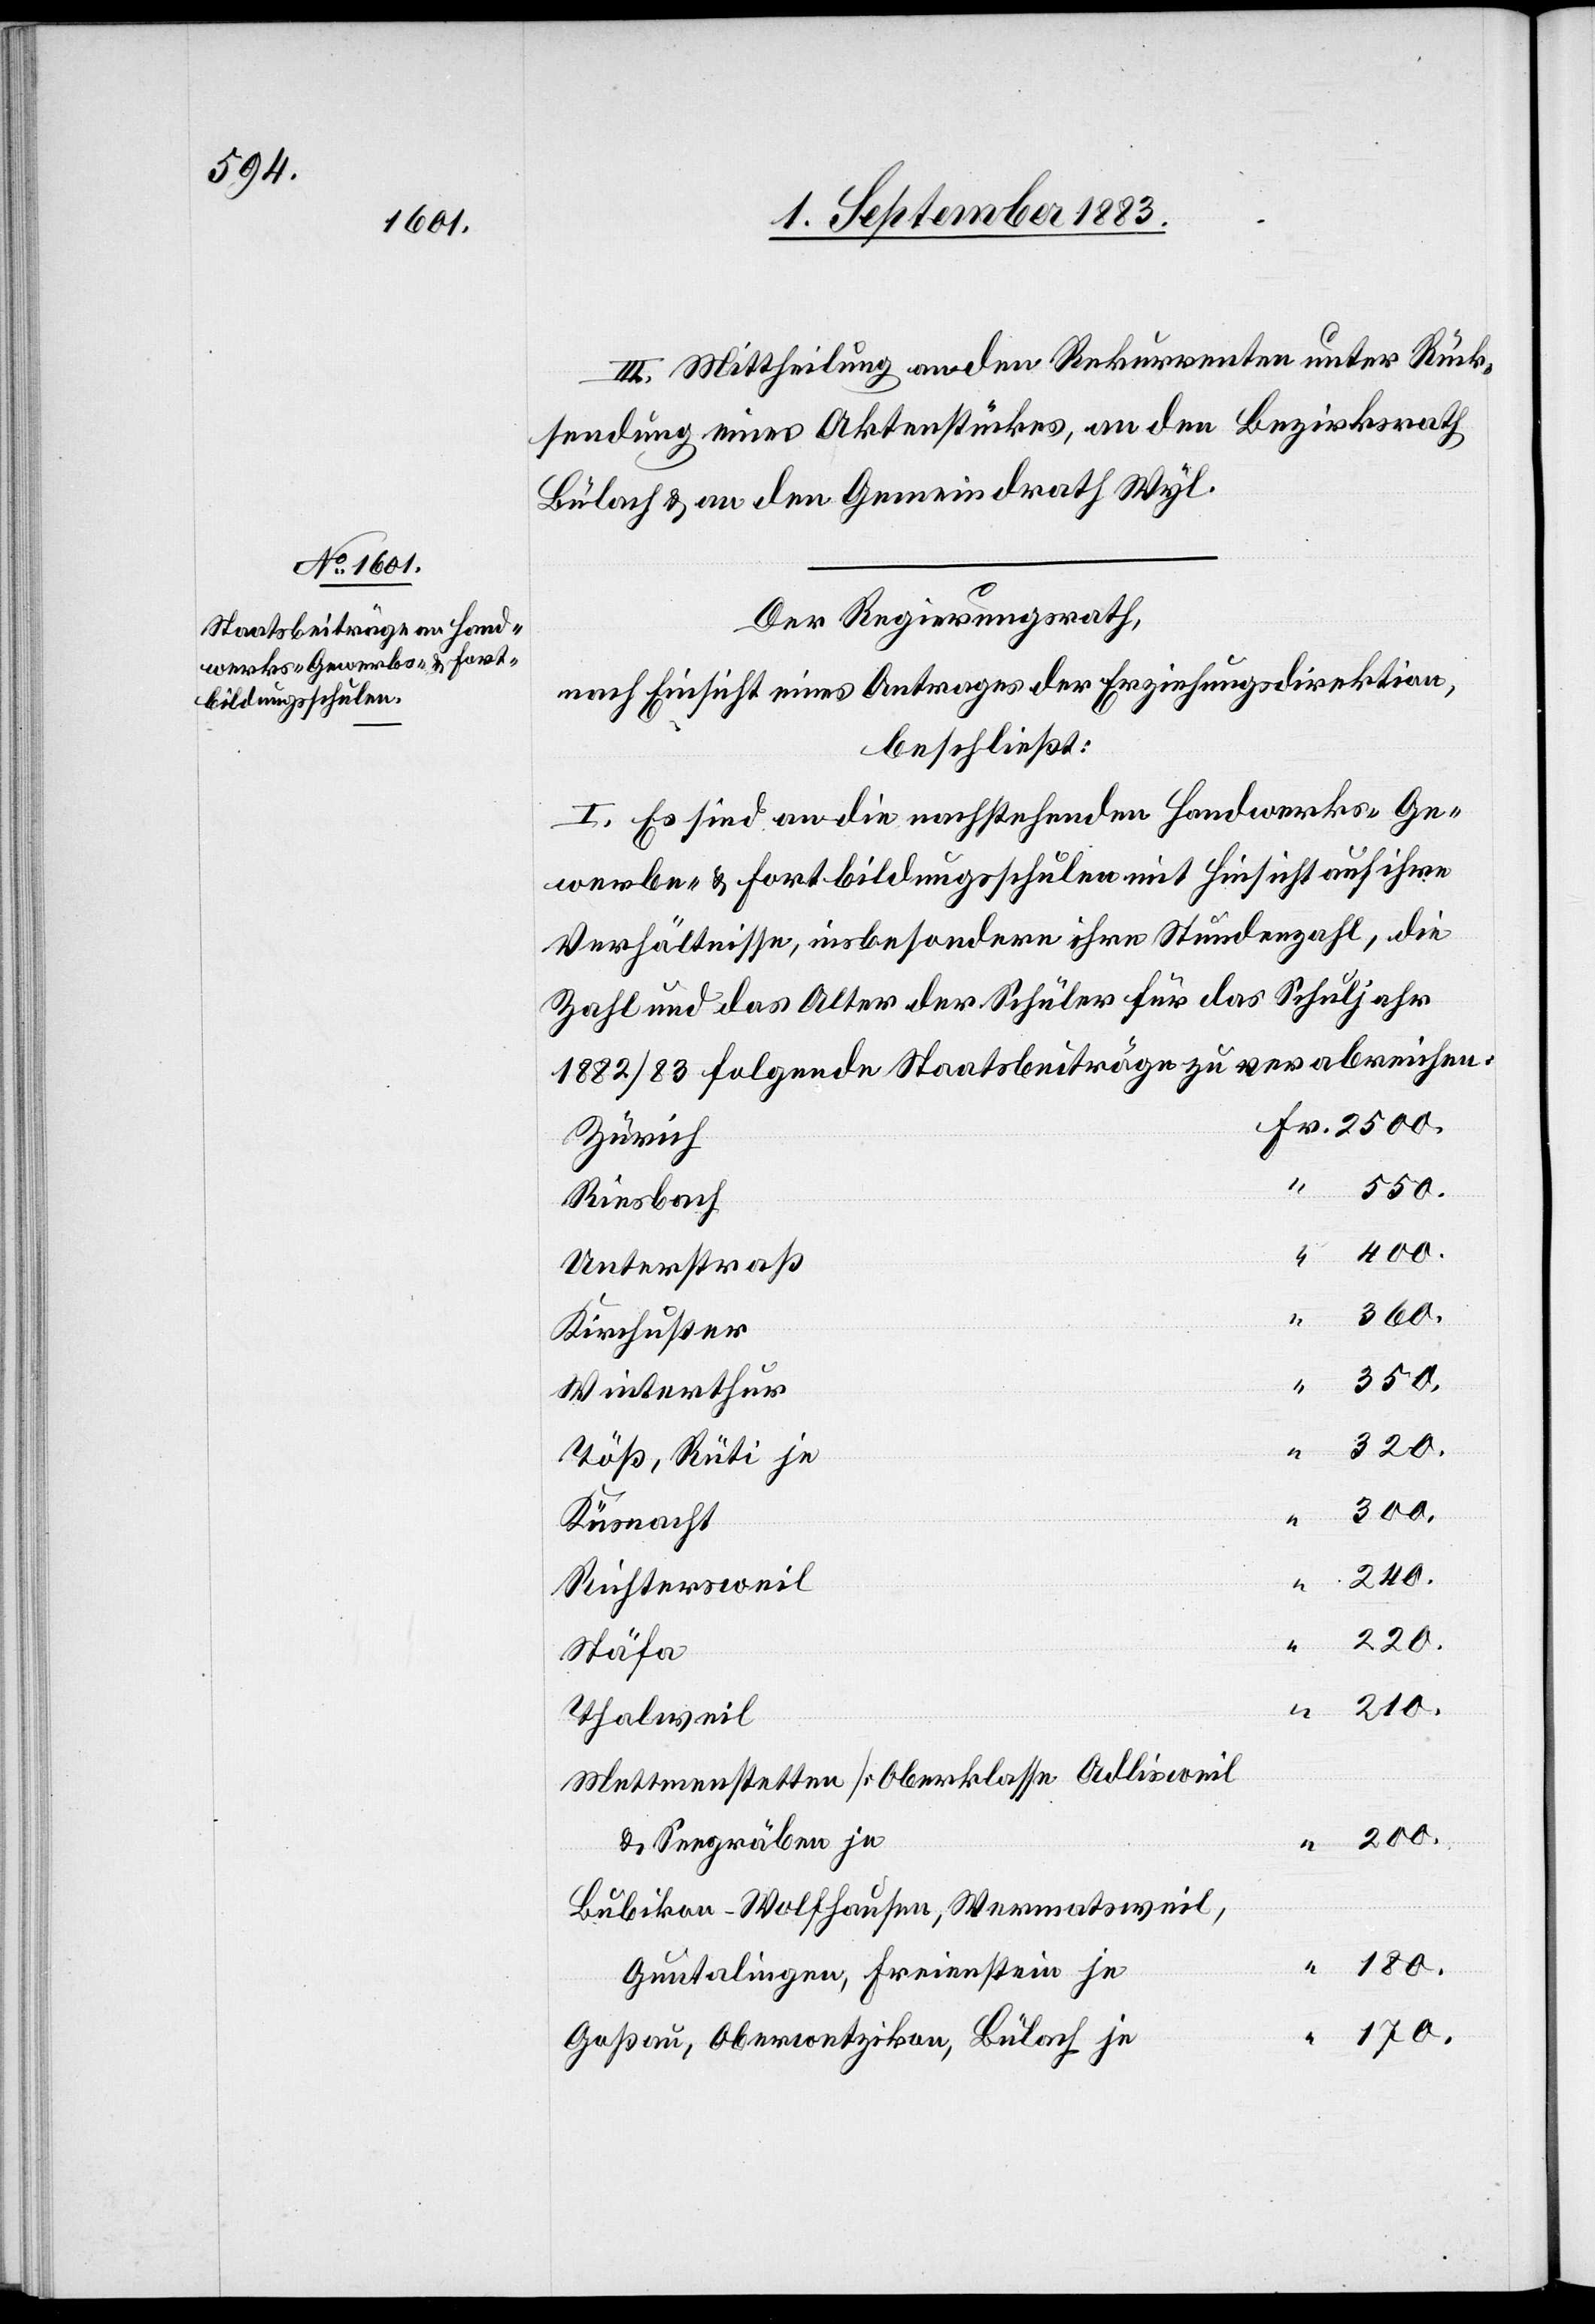
III. Mittheilung an den Rekurrenten unter Rück¬
sendung eines Aktenstückes, an den Bezirksrath
Bülach & an den Gemeindrath Wyl.
Der Regierungsrath,
nach Einsicht eines Antrages der Erziehungsdirektion,
beschließt:
I. Es sind an die nachstehenden Handwerks-[,] Ge¬
werbe- & Fortbildungsschulen mit Hinsicht auf ihre
Verhältnisse, insbesondere ihre Stundenzahl, die
Zahl und das Alter der Schüler für das Schuljahr
1882/83 folgende Staatsbeiträge zu verabreichen:
Zürich
Fr.
350
Riesbach
Unterstraß
Kirchuster
300
Winterthur
Töß, Rüti je
Küsnacht
Richtersweil
220
Stäfa
Thalweil
Mettmenstetten [Oberklasse[]] Adlisweil
& Seegräben je
Bubikon-Wolfhausen, Wermatsweil,
180
Guntalingen, Freienstein je
170
Goßau, Oberwetzikon, Bülach je